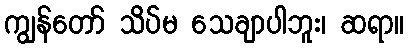
ကျွန်တော် သိပ်မ သေချာပါဘူး၊ ဆရာ။